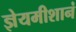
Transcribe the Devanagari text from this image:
ज्ञेयमीशानं